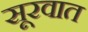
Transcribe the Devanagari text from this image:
सूरवात